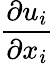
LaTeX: \frac{\partial u_{i}}{\partial{{x}_{i}}}